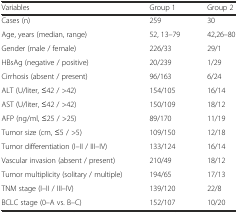
<table><thead><tr><td><b>Variables</b></td><td><b>Group 1</b></td><td><b>Group 2</b></td></tr></thead><tbody><tr><td>Cases (n)</td><td>259</td><td>30</td></tr><tr><td>Age, years (median, range)</td><td>52, 13–79</td><td>42,26–80</td></tr><tr><td>Gender (male / female)</td><td>226/33</td><td>29/1</td></tr><tr><td>HBsAg (negative / positive)</td><td>20/239</td><td>1/29</td></tr><tr><td>Cirrhosis (absent / present)</td><td>96/163</td><td>6/24</td></tr><tr><td>ALT (U/liter, ≤42 / &gt;42)</td><td>154/105</td><td>16/14</td></tr><tr><td>AST (U/liter, ≤42 / &gt;42)</td><td>150/109</td><td>18/12</td></tr><tr><td>AFP (ng/ml, ≤25 / &gt;25)</td><td>89/170</td><td>11/19</td></tr><tr><td>Tumor size (cm, ≤5 / &gt;5)</td><td>109/150</td><td>12/18</td></tr><tr><td>Tumor differentiation (I–II / III–IV)</td><td>133/124</td><td>16/14</td></tr><tr><td>Vascular invasion (absent / present)</td><td>210/49</td><td>18/12</td></tr><tr><td>Tumor multiplicity (solitary / multiple)</td><td>194/65</td><td>17/13</td></tr><tr><td>TNM stage (I–II / III–IV)</td><td>139/120</td><td>22/8</td></tr><tr><td>BCLC stage (0–A vs. B–C)</td><td>152/107</td><td>10/20</td></tr></tbody></table>